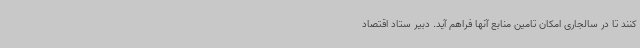
کنند تا در سالجاری امکان تامین منابع آنها فراهم آید. دبیر ستاد اقتصاد